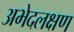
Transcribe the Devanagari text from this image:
अभेदलक्षण